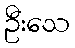
ဦးသေ